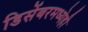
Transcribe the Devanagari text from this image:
डिसेंबरमध्येही